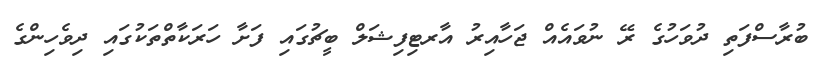
ބުރާސްފަތި ދުވަހުގެ ރޭ ނުވައެއް ޖަހާއިރު އާރޓިފިޝަލް ބީޗުގައި ފަށާ ހަރަކާތްތަކުގައި ދިވެހިންގެ